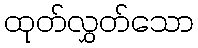
ထုတ်လွှတ်သော